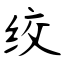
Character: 绞